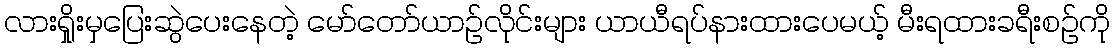
လားရှိုးမှပြေးဆွဲပေးနေတဲ့ မော်တော်ယာဉ်လိုင်းများ ယာယီရပ်နားထားပေမယ့် မီးရထားခရီးစဉ်ကို